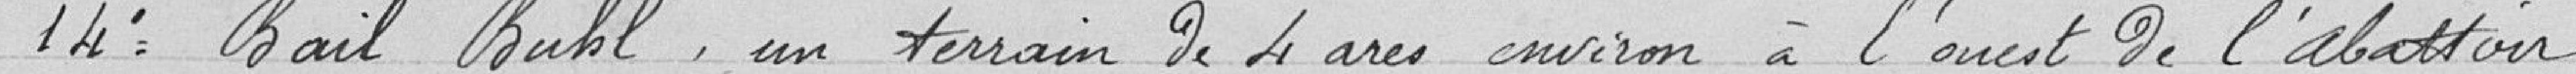
14. Bail Buhl, un terrain de 4 ares environ à l'ouest de l'abattoir